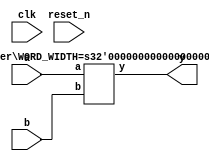
module MultiplierWrapper #(
    parameter WORD_WIDTH = 8
) (
    input clk,
    input reset_n,

    input [WORD_WIDTH-1:0] a,
    input [WORD_WIDTH-1:0] b,

    output [WORD_WIDTH*2-1:0] y
);

Multiplier #(.WORD_WIDTH(WORD_WIDTH)) mul_unit (
    .a(a), .b(b), .y(y)
);
    
endmodule


module Multiplier #(
    parameter WORD_WIDTH = 8
) (
    input [WORD_WIDTH-1:0] a,
    input [WORD_WIDTH-1:0] b,

    output [WORD_WIDTH*2-1:0] y
);

assign y = a * b;
    
endmodule